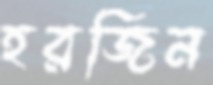
হরজিন